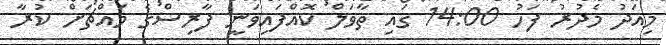
މިއަދު މެދުރު ފަހު 14:00 ގައި ތާވަލް ކޮއްފައިވަނީ ފާރިސްގެ މައްޗަށް ކުރާ